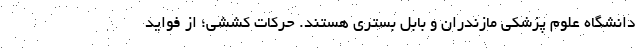
دانشگاه علوم پزشکی مازندران و بابل بستری هستند. حرکات کششی؛ از فواید